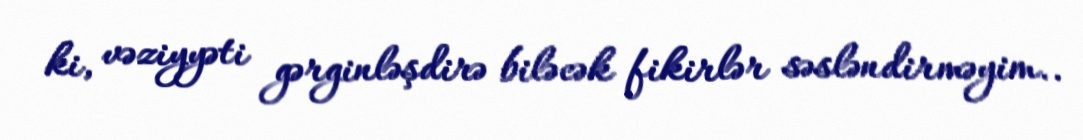
ki, vəziyyəti gərginləşdirə biləcək fikirlər səsləndirməyim..